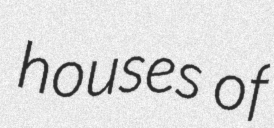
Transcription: houses of